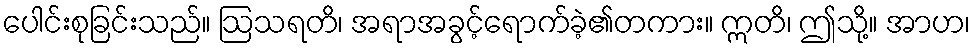
ပေါင်းစုခြင်းသည်။ ဩသရတိ၊ အရာအခွင့်ရောက်ခဲ့၏တကား။ ဣတိ၊ ဤသို့။ အာဟ၊